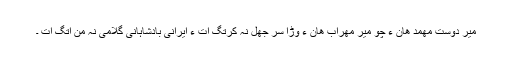
میر دوست مھمد ھان ءَ چو میر مھراب ھان ءِ وڑا سر جَھل نہ کرتگ اَت ءُ ایرانی بادشاہانی گُلامی نہ منّ اتگ اَت ۔